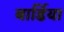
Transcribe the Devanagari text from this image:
बार्डिया